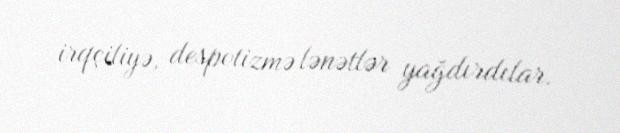
irqçiliyə, despotizmə lənətlər yağdırdılar.